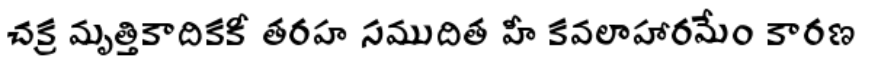
చక్ర మృత్తికాదికకీ తరహ సముదిత హీ కవలాహారమేం కారణ